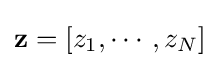
\mathbf {z} =\left[z_{1},\cdots ,z_{N}\right]